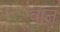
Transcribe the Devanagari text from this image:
वष्र्ज्ञ